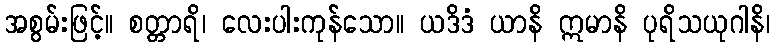
အစွမ်းဖြင့်။ စတ္တာရိ၊ လေးပါးကုန်သော။ ယဒိဒံ ယာနိ ဣမာနိ ပုရိသယုဂါနိ၊